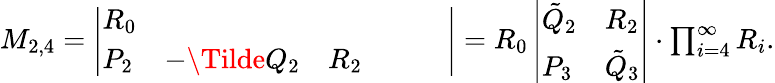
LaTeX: \begin{array}{r}{M_{2,4}=\left|\begin{array}{llllll}{R_{0}}&{}&{}&{}&{}&{}\\ {P_{2}}&{-\Tilde{Q}_{2}}&{R_{2}}&{}&{}&{}\end{array}\right|=R_{0}\left|\begin{array}{ll}{\tilde{Q}_{2}}&{R_{2}}\\ {P_{3}}&{\tilde{Q}_{3}}\end{array}\right|\cdot\prod_{i=4}^{\infty}R_{i}.}\end{array}